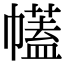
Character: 𢅤